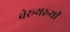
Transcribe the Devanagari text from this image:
चेरूथरुथी